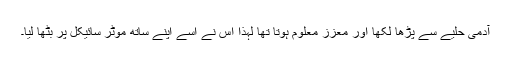
آدمی حلیے سے پڑھا لکھا اور معزز معلوم ہوتا تھا لہٰذا اس نے اسے اپنے ساتھ موٹر سائیکل پر بٹھا لیا۔